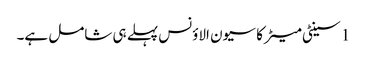
1 سینٹی میٹر کا سیون الاؤنس پہلے ہی شامل ہے۔